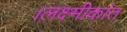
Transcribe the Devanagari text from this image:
।लक्ष्मीकांत